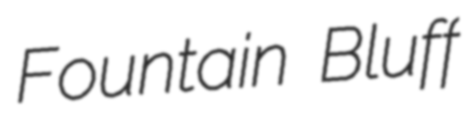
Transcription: Fountain Bluff